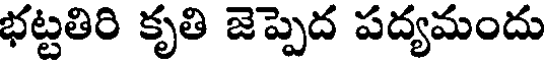
భట్టతిరి కృతి జెప్పెద పద్యమందు